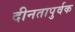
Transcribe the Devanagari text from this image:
दीनतापुर्वक